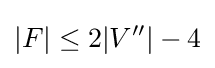
|F|\leq 2|V''|-4